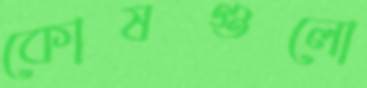
কোষগুলো